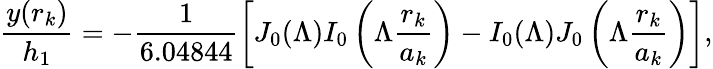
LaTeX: \frac{y(r_{k})}{h_{1}}=-\frac{1}{6.04844}\left[J_{0}(\Lambda)I_{0}\left(\Lambda\frac{r_{k}}{a_{k}}\right)-I_{0}(\Lambda)J_{0}\left(\Lambda\frac{r_{k}}{a_{k}}\right)\right],